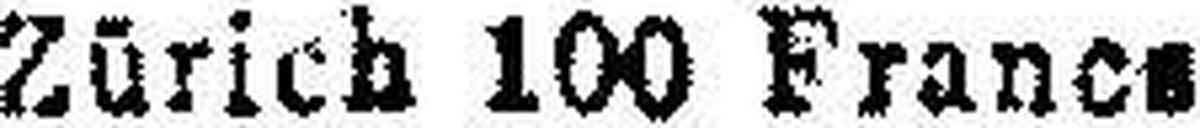
Zürich 100 Franes 7